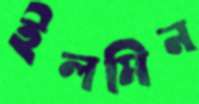
ইলমিন